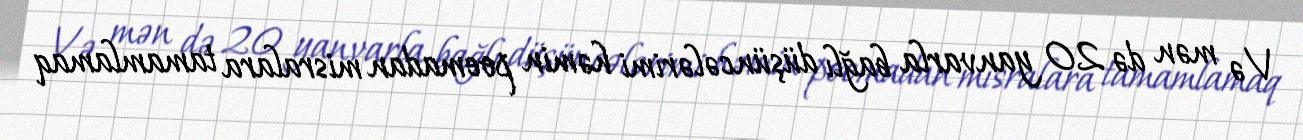
Və mən də 20 yanvarla bağlı düşüncələrimi həmin poemadan misralara tamamlamaq